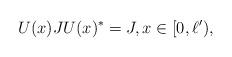
LaTeX: \begin{align*}U(x)JU(x)^*=J,x\in[0,\ell'),\end{align*}